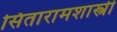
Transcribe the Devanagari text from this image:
सितारामशास्त्री